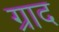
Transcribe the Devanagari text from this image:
ग्राद